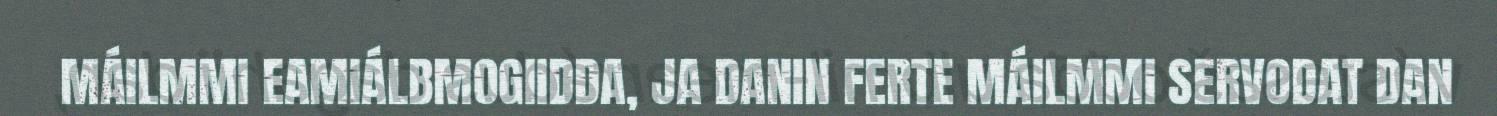
MÁILMMI EAMIÁLBMOGIIDDA, JA DANIN FERTE MÁILMMI SERVODAT DAN